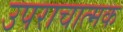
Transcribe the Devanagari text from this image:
उपराचात्मक